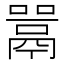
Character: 𫬋